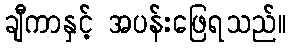
ချီကာနှင့် အပန်းဖြေရသည်။